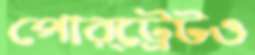
পোর্ট্রেটও